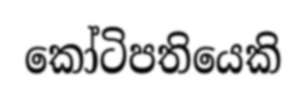
කෝටිපතියෙකි